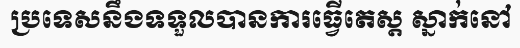
ប្រទេសនឹងទទួលបានការធ្វើតេស្ត ស្នាក់នៅ